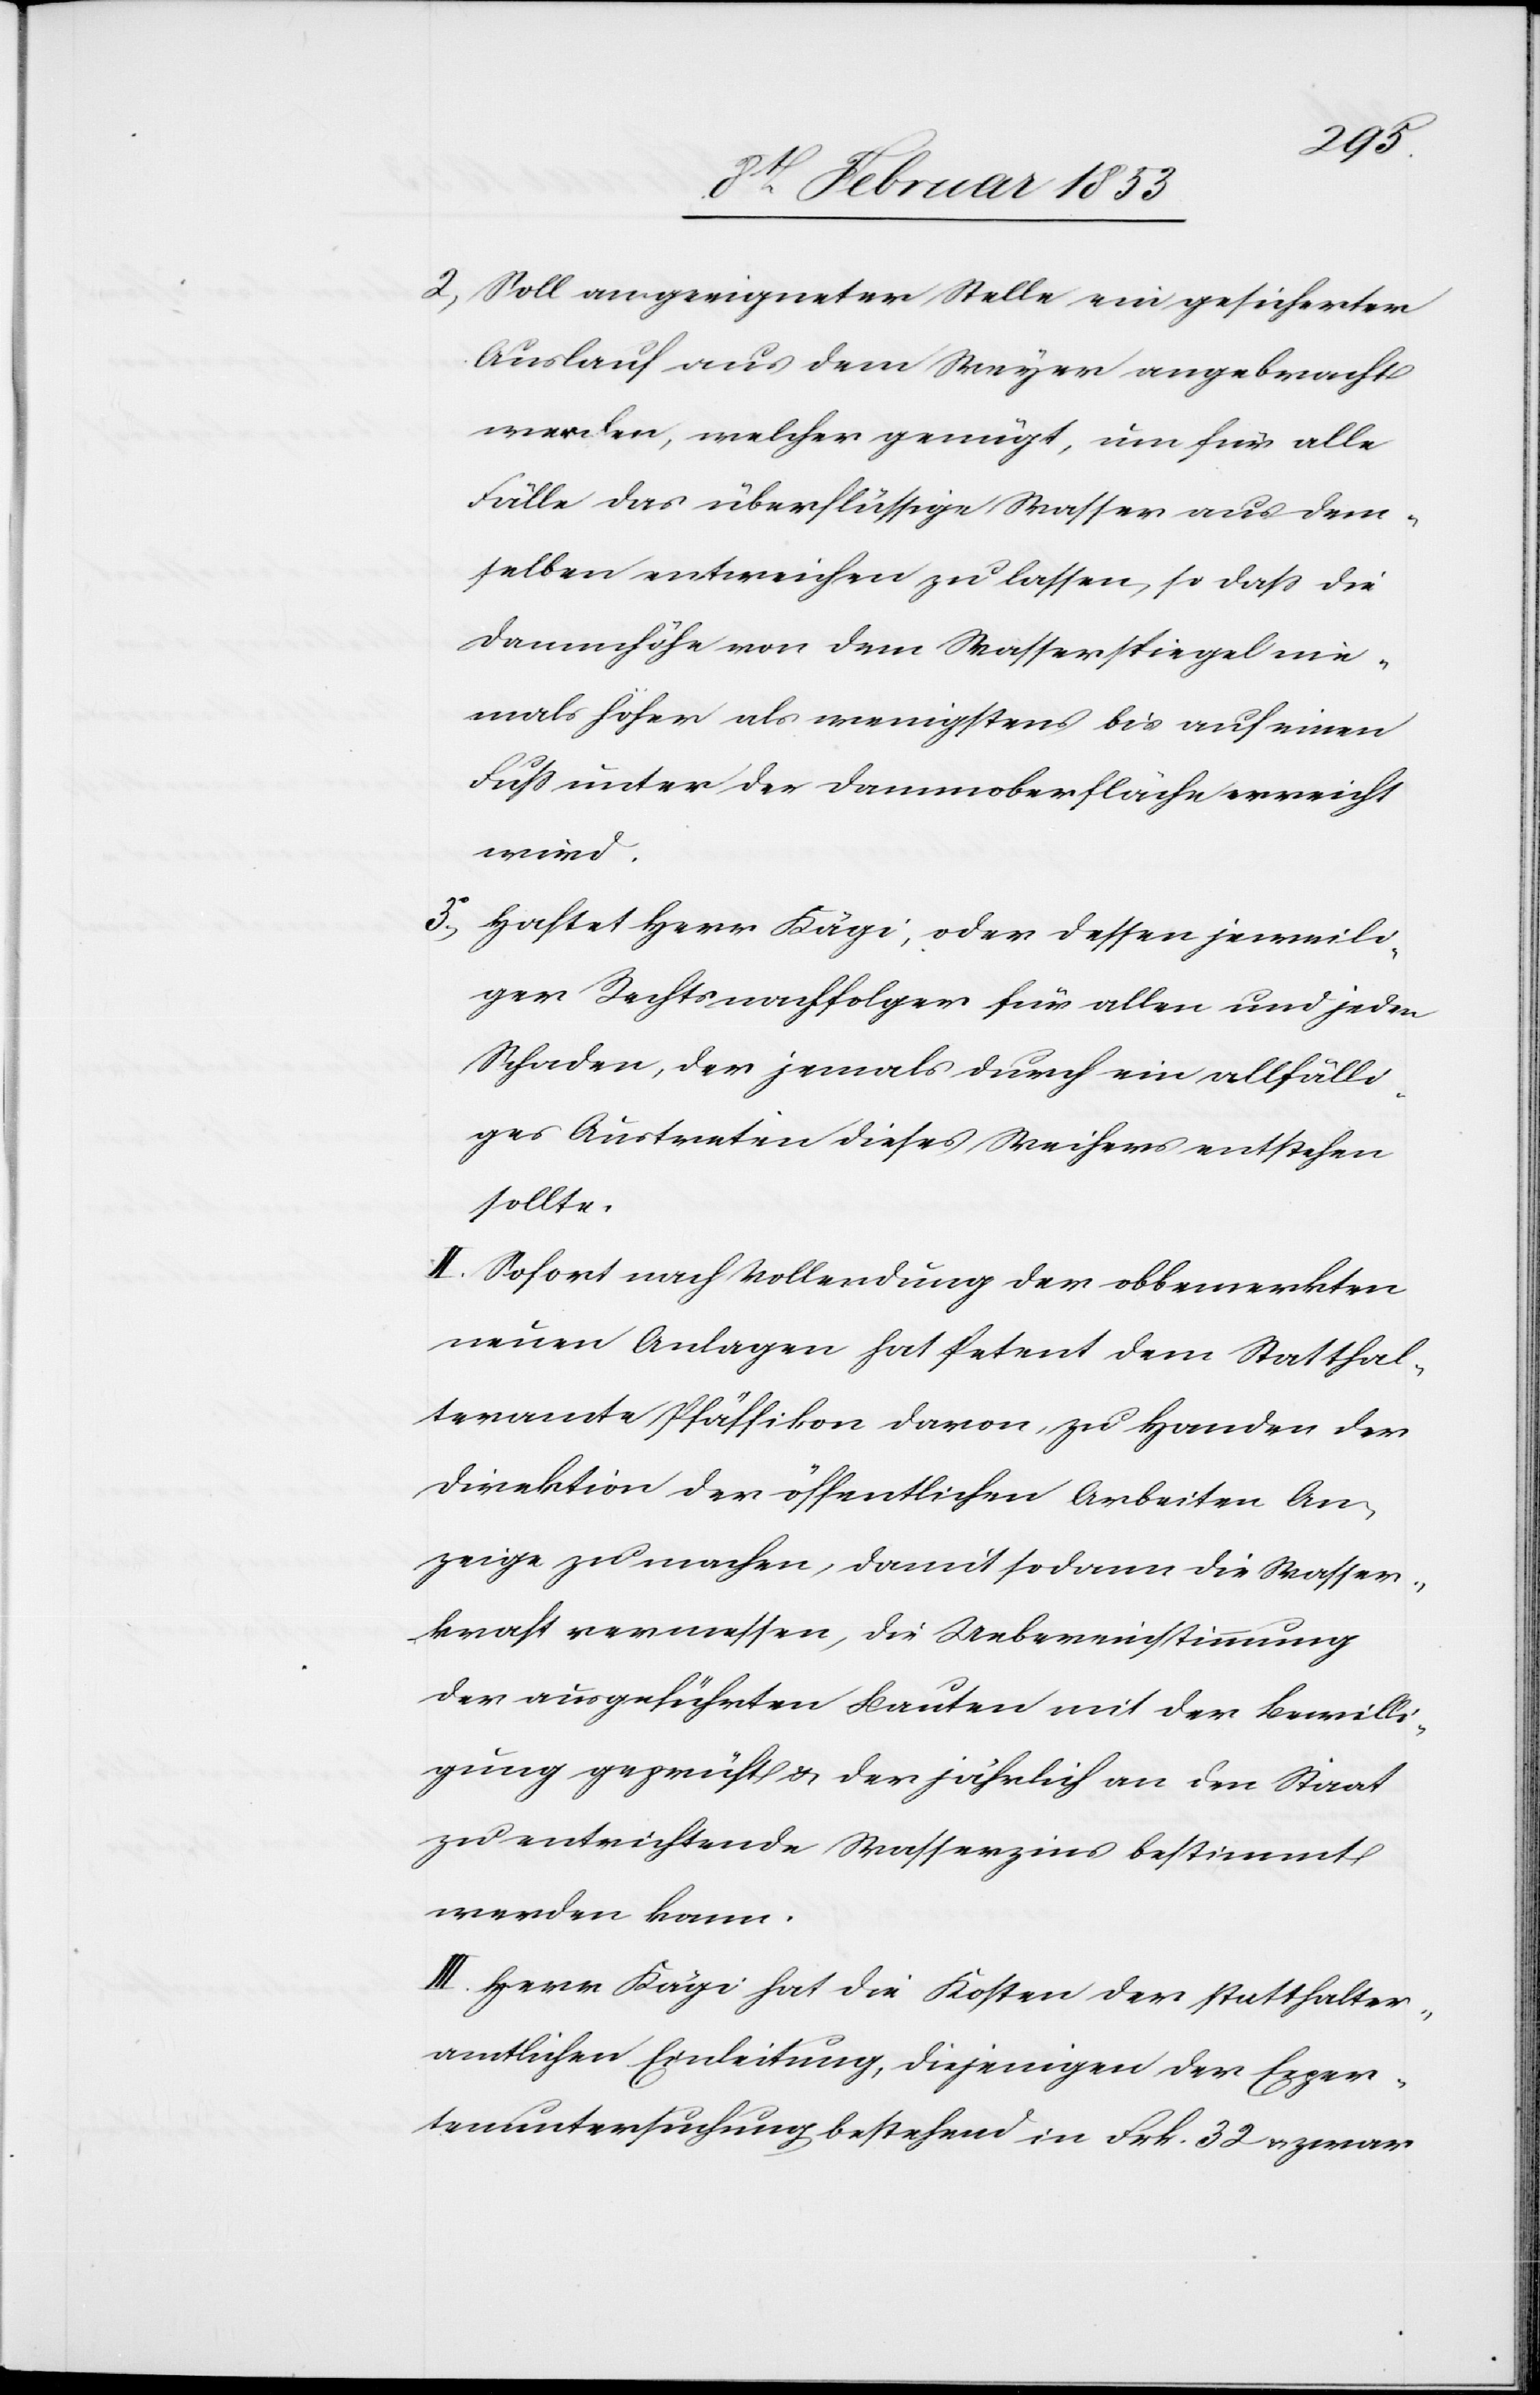
2, Soll an geeigneter Stelle ein gesicherter
Auslauf aus dem Weyer angebracht
werden, welcher genügt, um für alle
Fälle das überflüßige Wasser aus dem¬
selben entweichen zu lassen, so daß die
Dammhöhe von dem Wasserspiegel nie¬
mals höher als wenigstens bis auf einen
Fuß unter der Dammoberfläche erreicht
wird.
3, Haftet Herr Kägi, oder dessen jeweili¬
ger Rechtsnachfolger für allen und jeden
Schaden, der jemals durch ein allfälli¬
ges Austreten dieses Weihers entstehen
sollte.
II. Sofort nach Vollendung der obbemerkten
neuen Anlagen hat Petent dem Statthal¬
teramte Pfäffikon davon zu Handen der
Direktion der öffentlichen Arbeiten An¬
zeige zu machen, damit so dann die Wasser¬
kraft vermessen, die Uebereinstimmung
der ausgeführten Bauten mit der Bewilli¬
gung geprüft u. der jährlich an den Staat
zu entrichtende Wasserzins bestimmt
werden kann.
III. Herr Kägi hat die Kosten der statthalter¬
amtlichen Einleitung, diejenigen der Exper¬
tenuntersuchung bestehend in Frk. 32 u. zwar